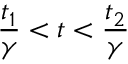
\frac { t _ { 1 } } { \gamma } < t < \frac { t _ { 2 } } { \gamma }